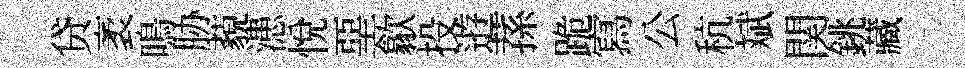
贷袤鳴胁藐漶悅堊歙投逰蓀跪寫公秔斌関銚藏